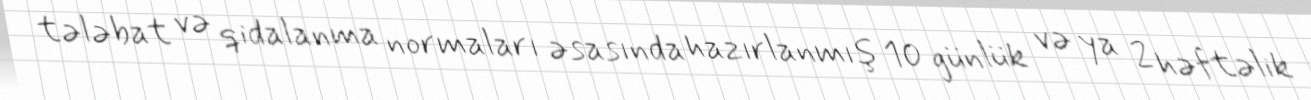
tələbat və qidalanma normaları əsasında hazırlanmış 10 günlük və ya 2 həftəlik